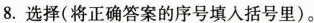
8.选择(将正确答案的序号填入括号里)。